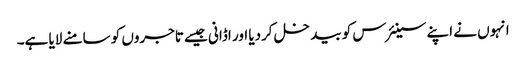
انہوں نے اپنے سینئرس کو بیدخل کردیا اور اڈانی جیسے تاجروں کو سامنے لایا ہے۔